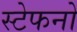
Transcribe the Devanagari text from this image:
स्टेफनो